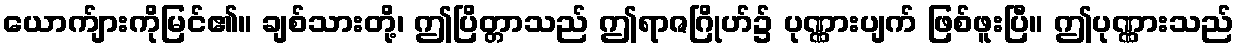
ယောက်ျားကိုမြင်၏။ ချစ်သားတို့၊ ဤပြိတ္တာသည် ဤရာဇဂြိုဟ်၌ ပုဏ္ဏားပျက် ဖြစ်ဖူးပြီ။ ဤပုဏ္ဏားသည်